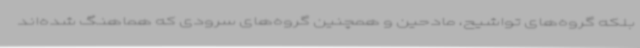
بلکه گروه‌های تواشیح، مادحین و همچنین گروه‌های سرودی که هماهنگ شده‌اند